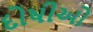
દોષીઓ